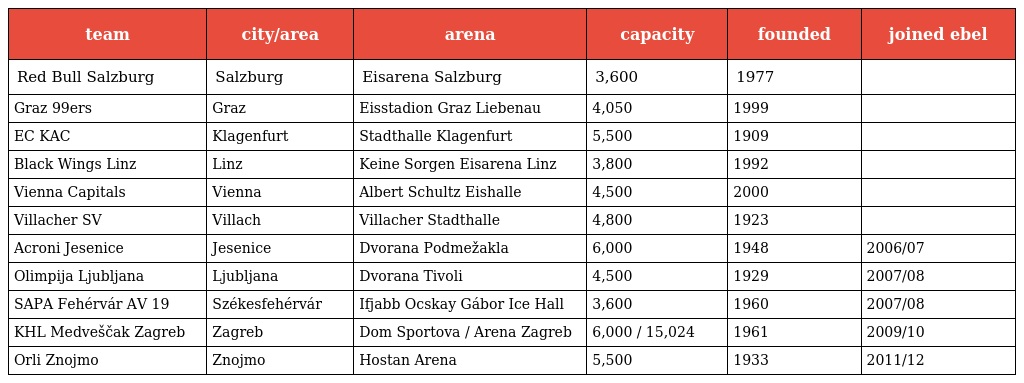
| team | city/area | arena | capacity | founded | joined ebel |
 | --- | --- | --- | --- | --- | --- |
 | Red Bull Salzburg | Salzburg | Eisarena Salzburg | 3,600 | 1977 |  |
 | Graz 99ers | Graz | Eisstadion Graz Liebenau | 4,050 | 1999 |  |
 | EC KAC | Klagenfurt | Stadthalle Klagenfurt | 5,500 | 1909 |  |
 | Black Wings Linz | Linz | Keine Sorgen Eisarena Linz | 3,800 | 1992 |  |
 | Vienna Capitals | Vienna | Albert Schultz Eishalle | 4,500 | 2000 |  |
 | Villacher SV | Villach | Villacher Stadthalle | 4,800 | 1923 |  |
 | Acroni Jesenice | Jesenice | Dvorana Podmežakla | 6,000 | 1948 | 2006/07 |
 | Olimpija Ljubljana | Ljubljana | Dvorana Tivoli | 4,500 | 1929 | 2007/08 |
 | SAPA Fehérvár AV 19 | Székesfehérvár | Ifjabb Ocskay Gábor Ice Hall | 3,600 | 1960 | 2007/08 |
 | KHL Medveščak Zagreb | Zagreb | Dom Sportova / Arena Zagreb | 6,000 / 15,024 | 1961 | 2009/10 |
 | Orli Znojmo | Znojmo | Hostan Arena | 5,500 | 1933 | 2011/12 |